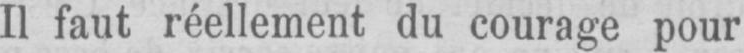
Il faut réellement du courage pour